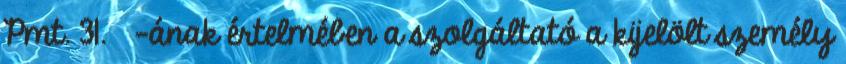
Pmt. 31. §-ának értelmében a szolgáltató a kijelölt személy